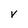
Character: v